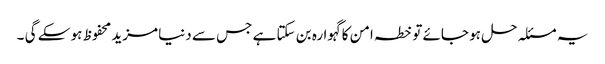
یہ مسئلہ حل ہو جائے تو خطہ امن کا گہوارہ بن سکتا ہے جس سے دنیا مزید محفوظ ہو سکے گی ۔